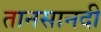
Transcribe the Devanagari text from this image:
तानसानदी